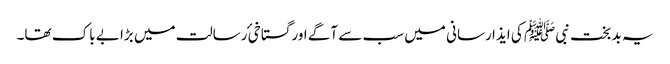
یہ بد بخت نبی ﷺ کی ایذا رسانی میں سب سے آگے اور گستاخیٔ رسالت میں بڑا بے باک تھا۔